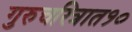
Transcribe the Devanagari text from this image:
गुरुचरित्रात१०